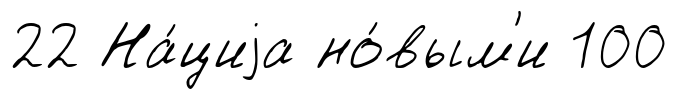
22 На́циjа но́вым'и 100